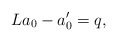
\begin{align*}La_{0}-a_{0}^{\prime}=q, \end{align*}